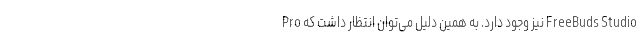
Pro نیز وجود دارد. به همین دلیل می‌توان انتظار داشت که FreeBuds Studio